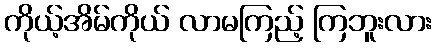
ကိုယ့်အိမ်ကိုယ် လာမကြည့် ကြဘူးလား